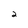
Character: 2